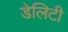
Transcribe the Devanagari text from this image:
डेलिटी